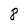
Character: 8